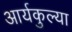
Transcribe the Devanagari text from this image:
आर्यकुल्या